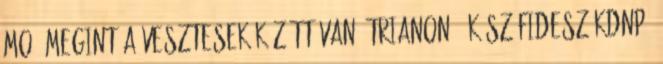
MO. megint a vesztesek között van, trianon2. Kösz fidesz-kdnp.